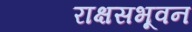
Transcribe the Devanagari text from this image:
राक्षसभूवन